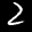
Label: 2